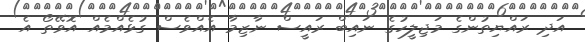
އަދި ރައްޔިތުންގެ މަޖިލީހުގެ ނައިބް ރައީސް ނާޒިމާ އެއްވެސް ގުޅެއްމެއް އޮވޭތޯ އެ